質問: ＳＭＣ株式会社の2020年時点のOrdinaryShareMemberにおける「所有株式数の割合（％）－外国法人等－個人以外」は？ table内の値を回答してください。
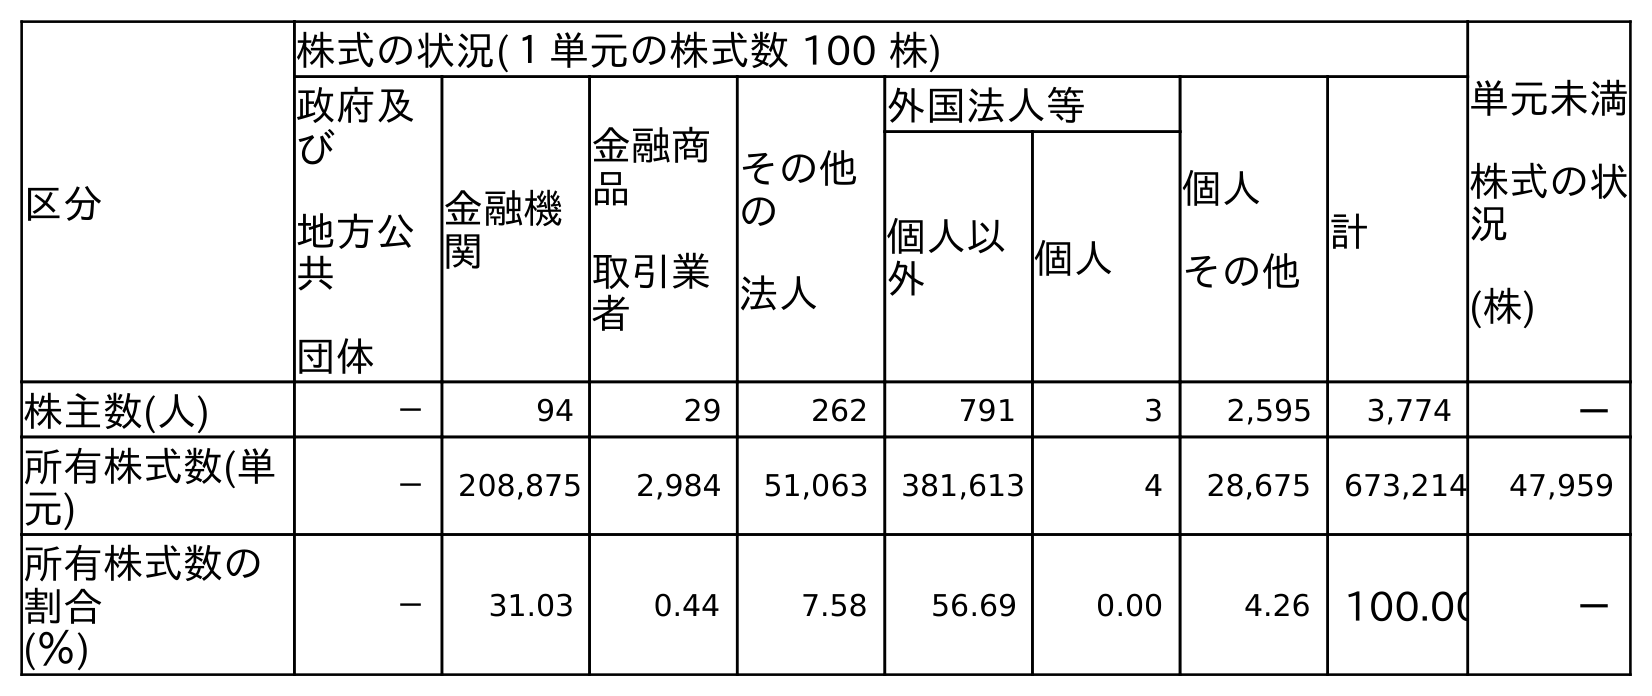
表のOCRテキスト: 区分 株式の状況(１単元の株式数 100 株) 単元未満 株式の状 況 (株) 政府及 び 地方公 共 団体 金融機 関 金融商 品 取引業 者 その他 の 法人 外国法人等 個人 その他 計 個人以 外 個人 株主数(人) － 94 29 262 791 3 2,595 3,774 － 所有株式数(単 元) － 208,875 2,984 51,063 381,613 4 28,675 673,214 47,959 所有株式数の 割合 (％) － 31.03 0.44 7.58 56.69 0.00 4.26 100.00 －
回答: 56.69